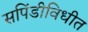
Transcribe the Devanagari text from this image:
सपिंडीविधीत